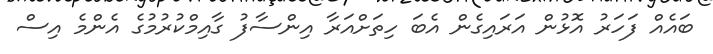
ބައެއް ފަހަރު އޮޅުން އަރައިގެން އެބަ ހިތަށްއަރާ އިންސާފު ގާއިމްކުރުމުގެ އެންމެ އިސް